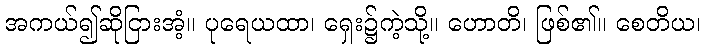
အကယ်၍ဆိုငြားအံ့။ ပုရေယထာ၊ ရှေး၌ကဲ့သို့။ ဟောတိ၊ ဖြစ်၏။ စေတိယ၊